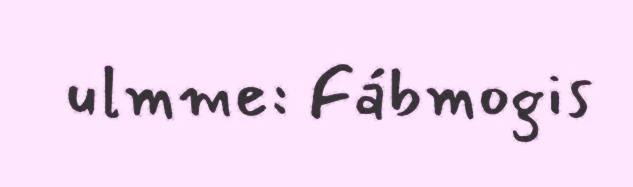
ulmme: Fábmogis